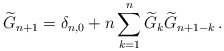
\begin{align*}\widetilde{G}_{n+1}=\delta_{n,0}+n\sum_{k=1}^n\widetilde{G}_{k}\widetilde{G}_{n+1-k}\,.\end{align*}